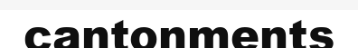
cantonments